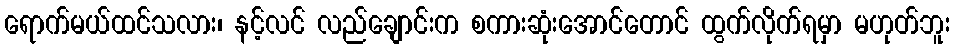
ရောက်မယ်ထင်သလား၊ နင့်လင် လည်ချောင်းက စကားဆုံးအောင်တောင် ထွက်လိုက်ရမှာ မဟုတ်ဘူး